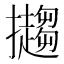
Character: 𢹤